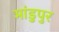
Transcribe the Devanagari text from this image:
मांडुपुर